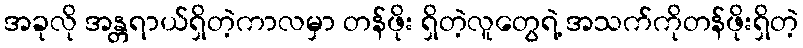
အခုလို အန္တရာယ်ရှိတဲ့ကာလမှာ တန်ဖိုး ရှိတဲ့လူတွေရဲ့ အသက်ကိုတန်ဖိုးရှိတဲ့